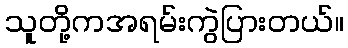
သူတို့ကအရမ်းကွဲပြားတယ်။